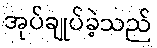
အုပ်ချုပ်ခဲ့သည်